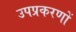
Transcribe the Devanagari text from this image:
उपप्रकरणों